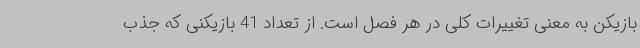
بازیکن به معنی تغییرات کلی در هر فصل است. از تعداد 41 بازیکنی که جذب